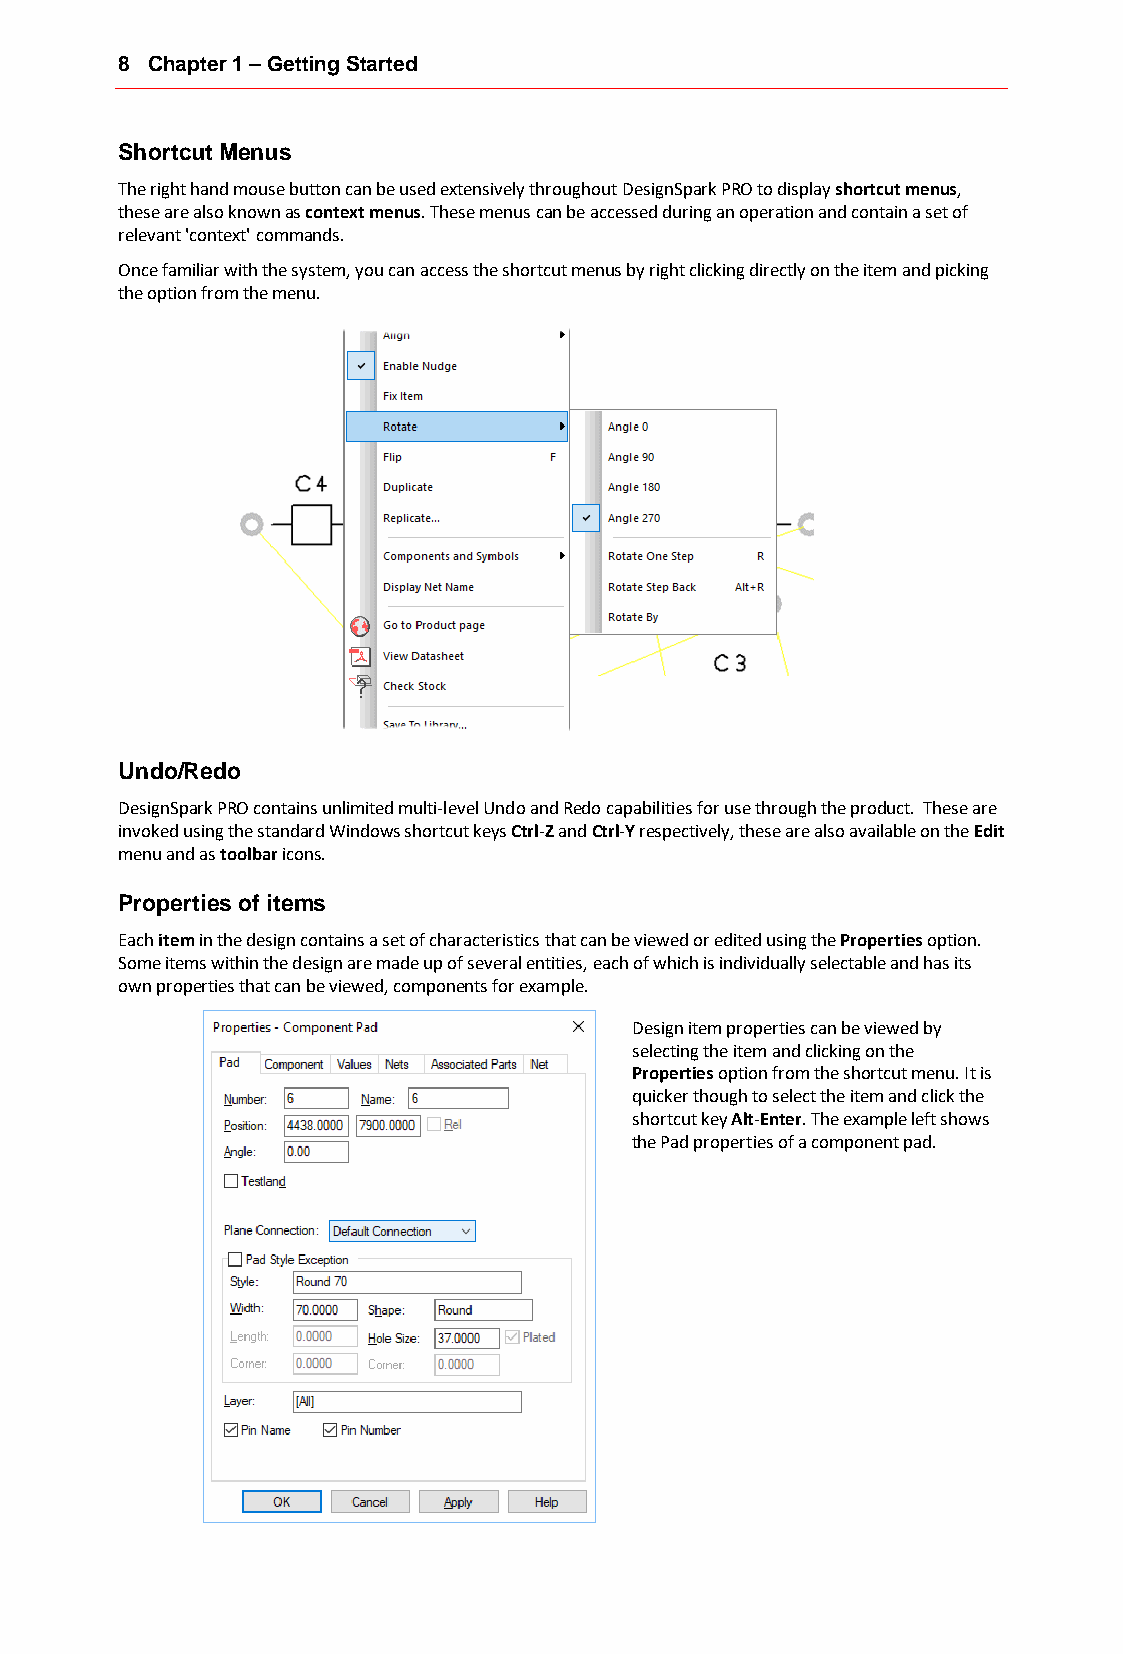
8 Chapter 1 – Getting Started
 Shortcut Menus
 The right hand mouse button can be used extensively throughout DesignSpark PRO to display shortcut menus,
 these are also known as context menus. These menus can be accessed during an operation and contain a set of
 relevant 'context' commands.
 Once familiar with the system, you can access the shortcut menus by right clicking directly on the item and picking
 the option from the menu.
 Undo/Redo
 DesignSpark PRO contains unlimited multi-level Undo and Redo capabilities for use through the product. These are
 invoked using the standard Windows shortcut keys Ctrl-Z and Ctrl-Y respectively, these are also available on the Edit
 menu and as toolbar icons.
 Properties of items
 Each item in the design contains a set of characteristics that can be viewed or edited using the Properties option.
 Some items within the design are made up of several entities, each of which is individually selectable and has its
 own properties that can be viewed, components for example.
 Design item properties can be viewed by
 selecting the item and clicking on the
 Properties option from the shortcut menu. It is
 quicker though to select the item and click the
 shortcut key Alt-Enter. The example left shows
 the Pad properties of a component pad.